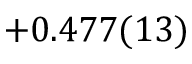
+ 0 . 4 7 7 ( 1 3 )